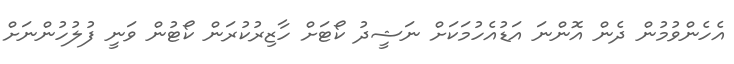
އެހެންވުމުން ދެން އޮންނަ އަޑުއެހުމަކަށް ނަޝީދު ކޯޓަށް ހާޒިރުކުރަން ކޯޓުން ވަނީ ފުލުހުންނަށް